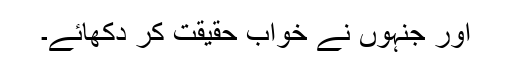
اور جنہوں نے خواب حقیقت کر دکھائے۔